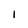
Character: 1